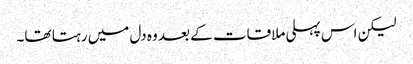
لیکن اس پہلی ملاقات کے بعد وہ دل میں رہتا تھا۔